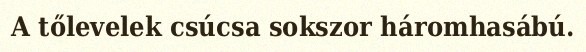
A tőlevelek csúcsa sokszor háromhasábú.